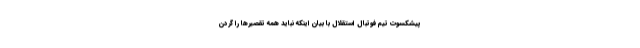
پیشکسوت تیم فوتبال استقلال با بیان اینکه نباید همه تقصیرها را گردن